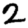
Digit: 2